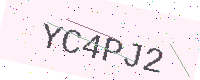
Text: YC4PJ2